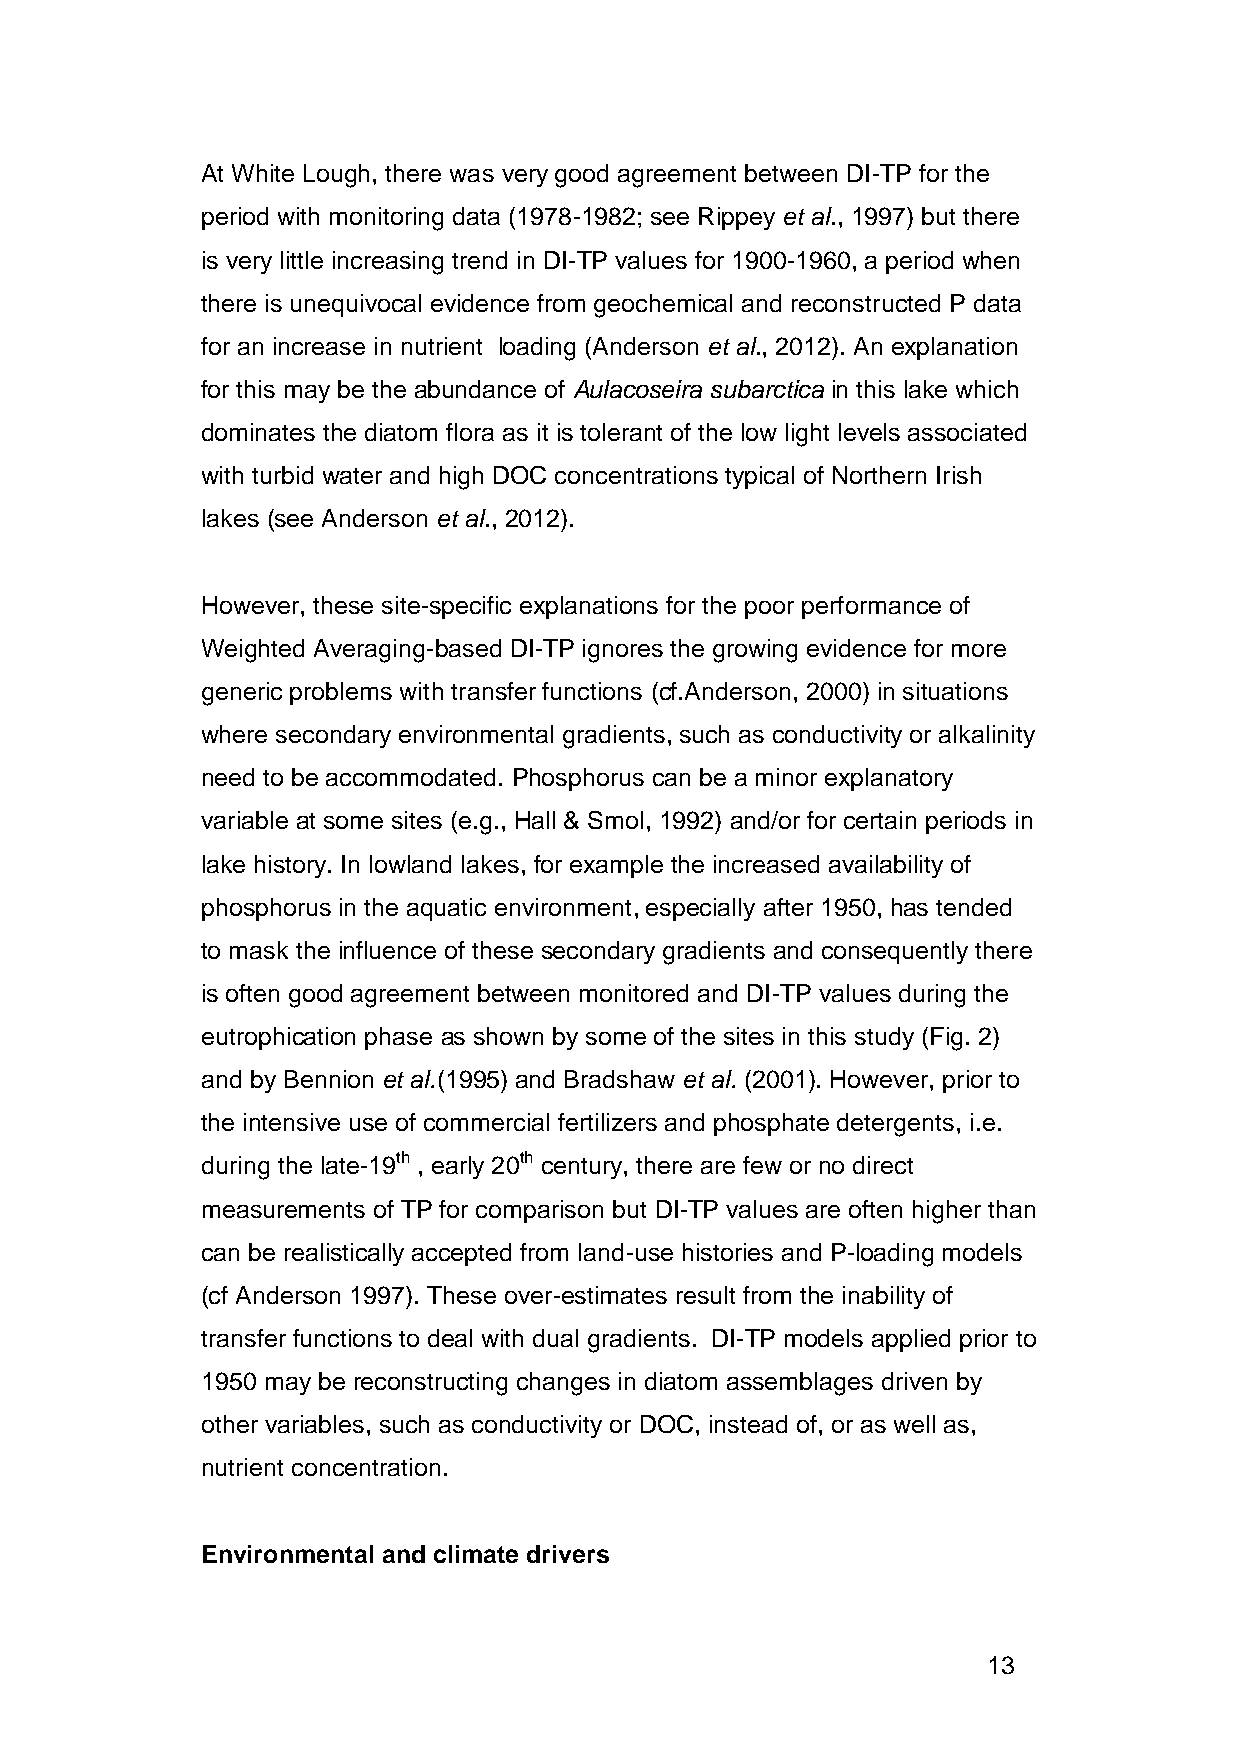
At White Lough, there was very good agreement between DI-TP for the
 period with monitoring data (1978-1982; see Rippey et al., 1997) but there
 is very little increasing trend in DI-TP values for 1900-1960, a period when
 there is unequivocal evidence from geochemical and reconstructed P data
 for an increase in nutrient loading (Anderson et al., 2012). An explanation
 for this may be the abundance of Aulacoseira subarctica in this lake which
 dominates the diatom flora as it is tolerant of the low light levels associated
 with turbid water and high DOC concentrations typical of Northern Irish
 lakes (see Anderson et al., 2012).
 However, these site-specific explanations for the poor performance of
 Weighted Averaging-based DI-TP ignores the growing evidence for more
 generic problems with transfer functions (cf.Anderson, 2000) in situations
 where secondary environmental gradients, such as conductivity or alkalinity
 need to be accommodated. Phosphorus can be a minor explanatory
 variable at some sites (e.g., Hall & Smol, 1992) and/or for certain periods in
 lake history. In lowland lakes, for example the increased availability of
 phosphorus in the aquatic environment, especially after 1950, has tended
 to mask the influence of these secondary gradients and consequently there
 is often good agreement between monitored and DI-TP values during the
 eutrophication phase as shown by some of the sites in this study (Fig. 2)
 and by Bennion et al.(1995) and Bradshaw et al. (2001). However, prior to
 the intensive use of commercial fertilizers and phosphate detergents, i.e.
 during the late-19th , early 20th century, there are few or no direct
 measurements of TP for comparison but DI-TP values are often higher than
 can be realistically accepted from land-use histories and P-loading models
 (cf Anderson 1997). These over-estimates result from the inability of
 transfer functions to deal with dual gradients. DI-TP models applied prior to
 1950 may be reconstructing changes in diatom assemblages driven by
 other variables, such as conductivity or DOC, instead of, or as well as,
 nutrient concentration.
 Environmental and climate drivers
 13